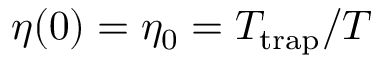
\eta ( 0 ) = \eta _ { 0 } = T _ { \mathrm { t r a p } } / T